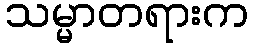
သမ္မာတရားက